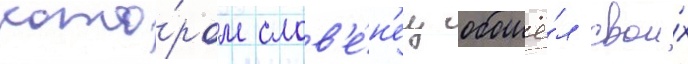
кото́ром слов'е́н'ец обошё́л свои́х